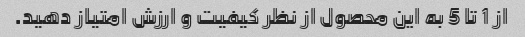
از 1 تا 5 به این محصول از نظر کیفیت و ارزش امتیاز دهید.